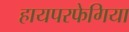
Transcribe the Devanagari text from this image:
हायपरफेगिया